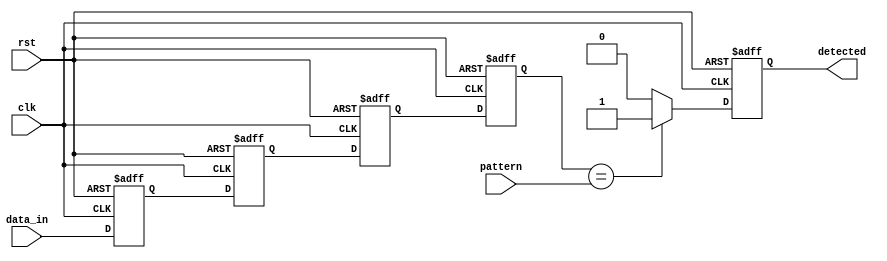
module SimpleFlipFlopDetector #(
    parameter PATTERN_LENGTH = 4,   // Length of the pattern to detect
    parameter INPUT_WIDTH = 1        // Width of the input signal
) (
    input wire clk,                  // Clock signal
    input wire rst,                  // Reset signal
    input wire [INPUT_WIDTH-1:0] data_in, // Input data stream
    input wire [INPUT_WIDTH-1:0] pattern, // Pattern to detect
    output reg detected              // Detection output signal
);

    // Flip-flop array to store the input data
    reg [INPUT_WIDTH-1:0] shift_reg [0:PATTERN_LENGTH-1];

    integer i;

    // Synchronous process to handle reset and data sampling
    always @(posedge clk or posedge rst) begin
        if (rst) begin
            // Reset all flip-flops to 0 on reset
            for (i = 0; i < PATTERN_LENGTH; i = i + 1) begin
                shift_reg[i] <= {INPUT_WIDTH{1'b0}};
            end
            detected <= 1'b0; // Reset detection signal
        end else begin
            // Shift the data through the flip-flops
            for (i = PATTERN_LENGTH-1; i > 0; i = i - 1) begin
                shift_reg[i] <= shift_reg[i-1]; // Shift the previous value
            end
            shift_reg[0] <= data_in; // Capture current input data

            // Check for pattern detection
            detected <= 1'b0; // Default to not detected
            if (shift_reg[PATTERN_LENGTH-1] == pattern) begin
                detected <= 1'b1; // Match found
            end
        end
    end

endmodule